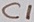
Text: C1